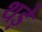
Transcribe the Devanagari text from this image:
थड़े